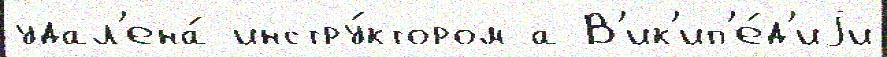
удал'ена́ инстру́ктором а В'ик'ип'е́д'иjи